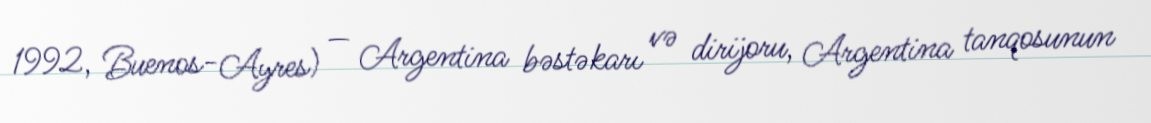
1992, Buenos-Ayres) — Argentina bəstəkarı və dirijoru, Argentina tanqosunun